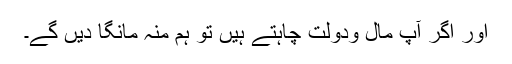
اور اگر آپ مال ودولت چاہتے ہیں تو ہم منہ مانگا دیں گے۔